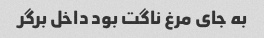
به جای مرغ ناگت بود داخل برگر